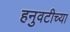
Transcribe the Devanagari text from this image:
हनुवटीच्या